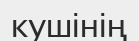
кушінің